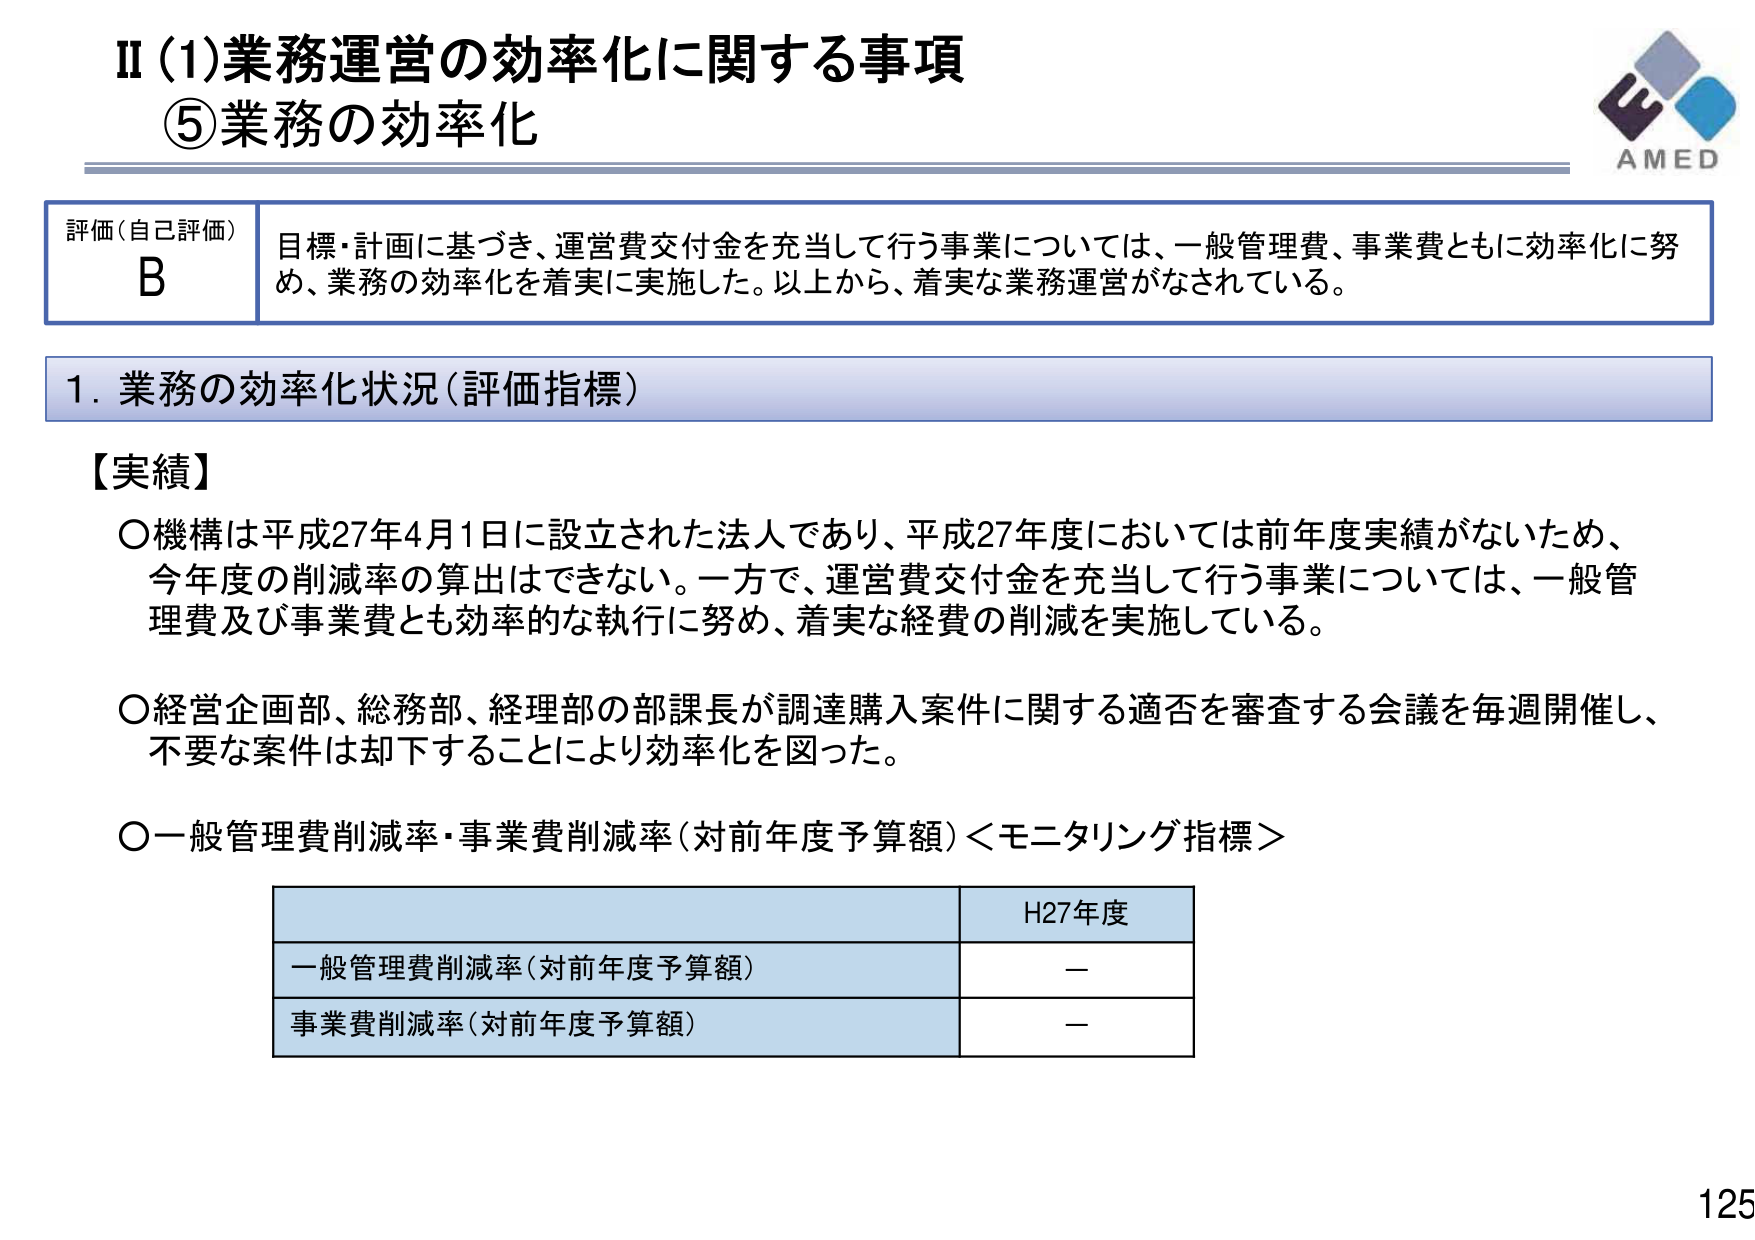
II (1)業務運営の効率化に関する事項
⑤業務の効率化

評価（自己評価）
B
目標・計画に基づき、運営費交付金を充当して行う事業については、一般管理費、事業費ともに効率化に努め、業務の効率化を着実に実施した。以上から、着実な業務運営がなされている。

1. 業務の効率化状況（評価指標）

【実績】
○機構は平成27年4月1日に設立された法人であり、平成27年度においては前年度実績がないため、今年度の削減率の算出はできない。一方で、運営費交付金を充当して行う事業については、一般管理費及び事業費とも効率的な執行に努め、着実な経費の削減を実施している。
○経営企画部、総務部、経理部の部課長が調達購入案件に関する適否を審査する会議を毎週開催し、不要な案件は却下することにより効率化を図った。
○一般管理費削減率・事業費削減率（対前年度予算額）＜モニタリング指標＞

H27年度
一般管理費削減率（対前年度予算額）　－
事業費削減率（対前年度予算額）　－

AMED
125